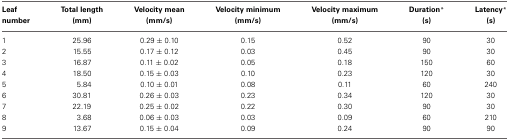
<table><thead><tr><td><b>Leaf number</b></td><td><b>Total length (mm)</b></td><td><b>Velocity mean (mm/s)</b></td><td><b>Velocity minimum (mm/s)</b></td><td><b>Velocity maximum (mm/s)</b></td><td><b>Duration <sup>*</sup> (s)</b></td><td><b>Latency <sup>*</sup> (s)</b></td></tr></thead><tbody><tr><td>1</td><td>25.96</td><td>0.29 ± 0.10</td><td>0.15</td><td>0.52</td><td>90</td><td>30</td></tr><tr><td>2</td><td>15.55</td><td>0.17 ± 0.12</td><td>0.03</td><td>0.45</td><td>90</td><td>30</td></tr><tr><td>3</td><td>16.87</td><td>0.11 ± 0.02</td><td>0.05</td><td>0.18</td><td>150</td><td>60</td></tr><tr><td>4</td><td>18.50</td><td>0.15 ± 0.03</td><td>0.10</td><td>0.23</td><td>120</td><td>30</td></tr><tr><td>5</td><td>5.84</td><td>0.10 ± 0.01</td><td>0.08</td><td>0.11</td><td>60</td><td>240</td></tr><tr><td>6</td><td>30.81</td><td>0.26 ± 0.03</td><td>0.23</td><td>0.34</td><td>120</td><td>30</td></tr><tr><td>7</td><td>22.19</td><td>0.25 ± 0.02</td><td>0.22</td><td>0.30</td><td>90</td><td>30</td></tr><tr><td>8</td><td>3.68</td><td>0.06 ± 0.03</td><td>0.03</td><td>0.09</td><td>60</td><td>210</td></tr><tr><td>9</td><td>13.67</td><td>0.15 ± 0.04</td><td>0.09</td><td>0.24</td><td>90</td><td>90</td></tr></tbody></table>